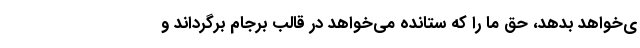
ی‌خواهد بدهد، حق ما را که ستانده می‌خواهد در قالب برجام برگرداند و